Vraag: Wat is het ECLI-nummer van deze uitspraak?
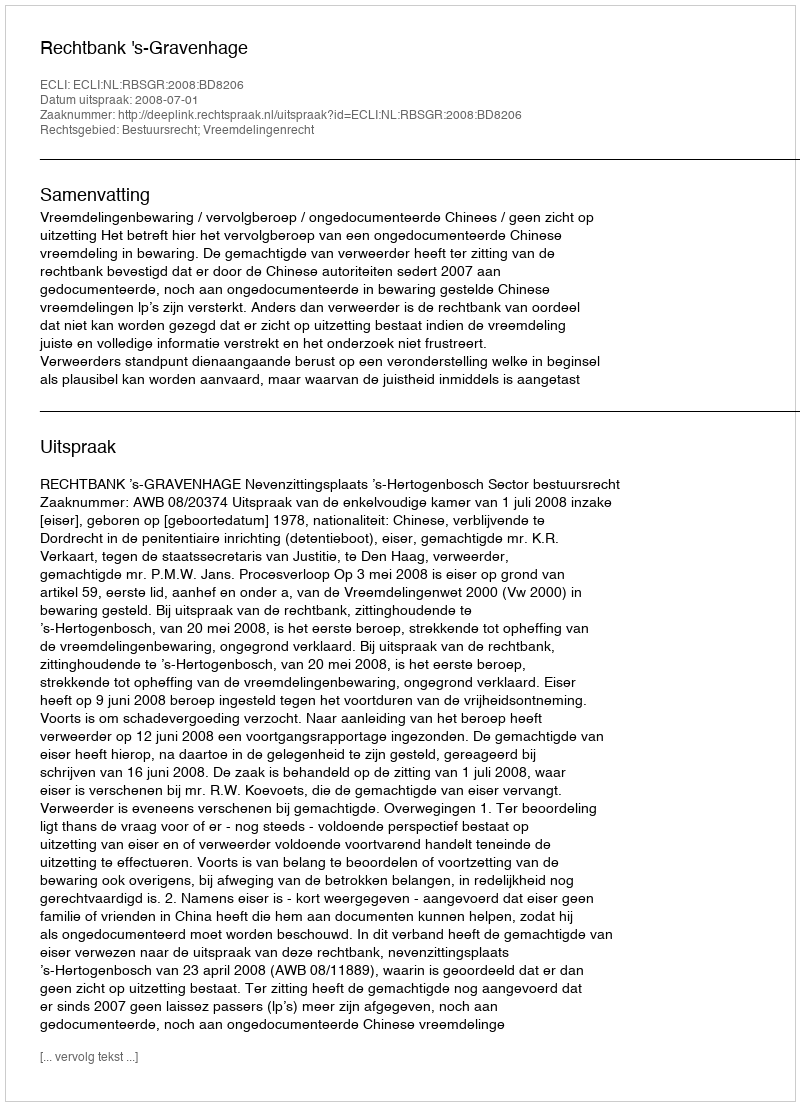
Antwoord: ECLI:NL:RBSGR:2008:BD8206